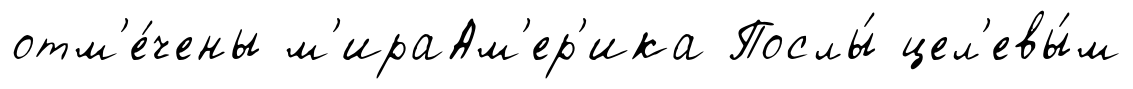
отм'е́чены м'ираАм'ер'ика Послы́ цел'евы́м